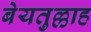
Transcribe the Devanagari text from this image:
बेयतुल्लाह